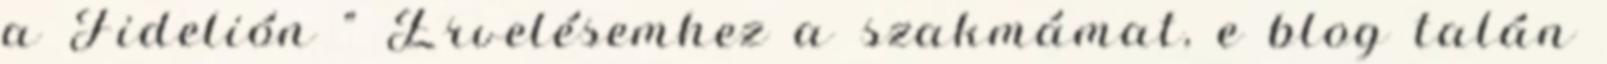
a Fidelión " Érvelésemhez a szakmámat, e blog talán